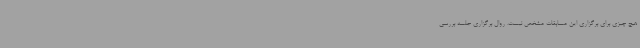
هیچ چیزی برای برگزاری این مسابقات مشخص نیست. روال برگزاری جلسه بررسی